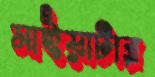
মাইয়াটার